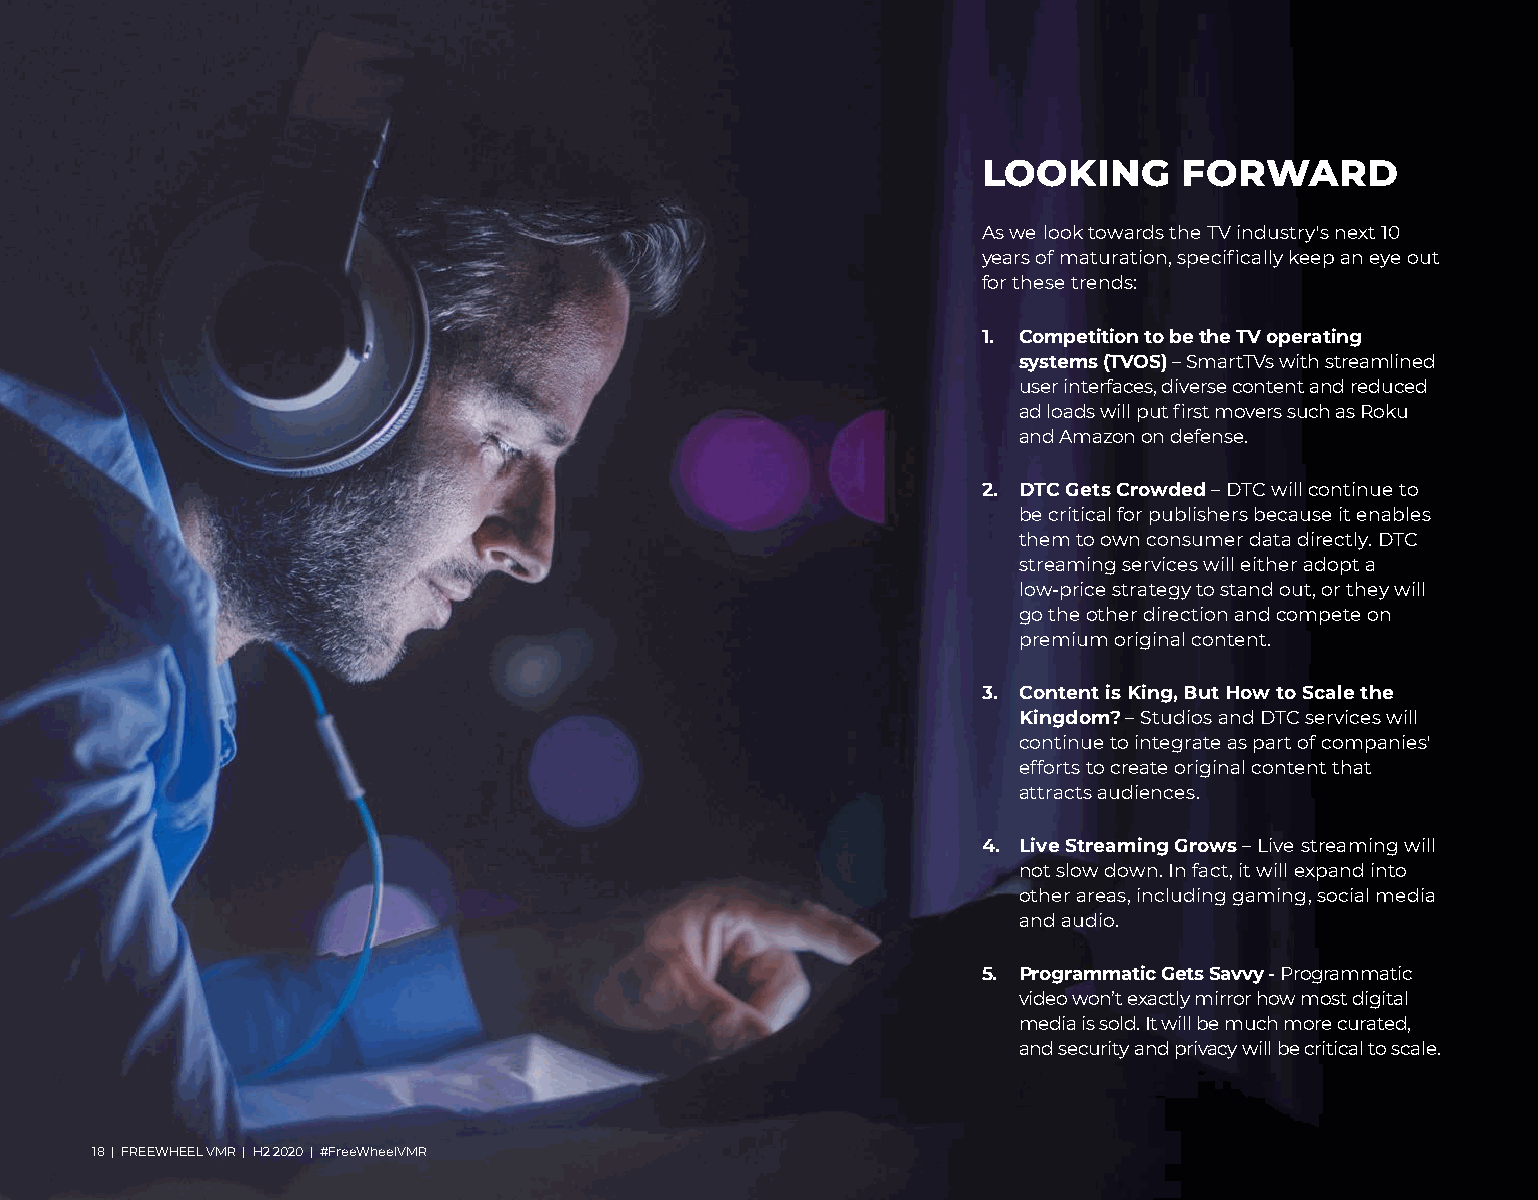
LOOKING      FORWARD
 As we look towards the TV industry's next 10
 years of maturation, specifically keep an eye out
 for these trends:
 1. Competition to be the TV operating
 systems (TVOS) – SmartTVs with streamlined
 user interfaces, diverse content and reduced
 ad loads will put first movers such as Roku
 and Amazon on defense.
 2. DTC Gets Crowded – DTC will continue to
 be critical for publishers because it enables
 them to own consumer data directly. DTC
 streaming services will either adopt a
 low-price strategy to stand out, or they will
 go the other direction and compete on
 premium original content.
 3. Content is King, But How to Scale the
 Kingdom? – Studios and DTC services will
 continue to integrate as part of companies'
 efforts to create original content that
 attracts audiences.
 4. Live Streaming Grows – Live streaming will
 not slow down. In fact, it will expand into
 other areas, including gaming, social media
 and audio.
 5. Programmatic Gets Savvy - Programmatic
 video won’t exactly mirror how most digital
 media is sold. It will be much more curated,
 and security and privacy will be critical to scale.
 18 | FREEWHEEL VMR | H2 2020 | #FreeWheelVMR